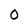
Character: 0